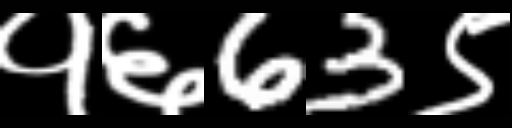
Text: १६63९